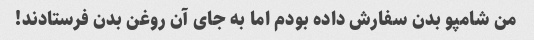
من شامپو بدن سفارش داده بودم اما به جای آن روغن بدن فرستادند!